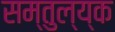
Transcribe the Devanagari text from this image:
सम्तुल्य्क